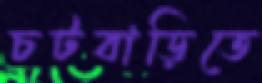
চটবাড়িতে